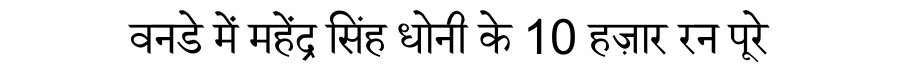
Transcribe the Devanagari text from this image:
वनडे में महेंद्र सिंह धोनी के 10 हज़ार रन पूरे